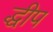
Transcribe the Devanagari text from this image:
द्धीप